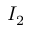
I _ { 2 }